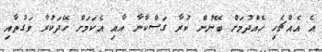
އެ އެއްޗެހި ހެއްދުމަށް ބޭނުން ކުރާ ގަސްކާނާ އާއި އެކަމަށް ހޭދަކުރާ ވަގުތާއި